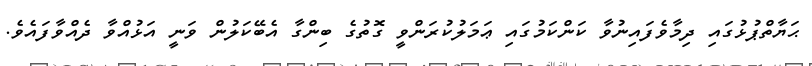
ޙަޔާތްޕުޅުގައި ދިމާވެފައިނުވާ ކަންކަމުގައި ޢަމަލުކުރަންވީ ގޮތުގެ ބިންގާ އެބޭކަލުން ވަނީ އަޅުއްވާ ދެއްވާފައެވެ.